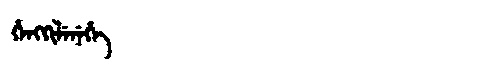
Manchu: ᡥᡝᠩᡴᡳᠯᡝᠨᡝᡥᡝ
Romanization: HENGKILENEHE